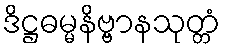
ဒိဋ္ဌဓမ္မနိဗ္ဗာနသုတ္တံ